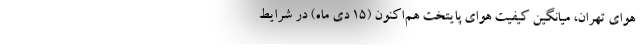
هوای تهران، میانگین کیفیت هوای پایتخت هم‌اکنون (۱۵ دی ماه) در شرایط